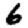
Digit: 6